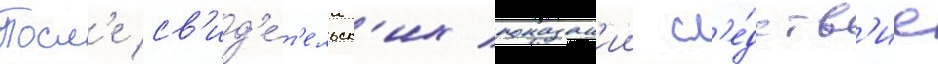
Посл'е св'ид'е́т'ельск'их показан'ии сл'е́дств'ие